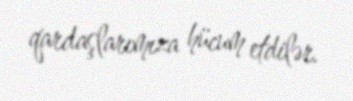
qardaşlarımıza hücum etdilər.